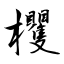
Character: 欔